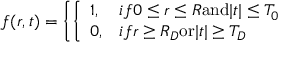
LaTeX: f ( r , t ) = \left\{ \left\{ \begin{array} { l l } { { 1 , } } & { { i f 0 \leq r \leq R \mathrm { a n d } | t | \leq T _ { 0 } } } \\ { { 0 , } } & { { i f r \geq R _ { D } \mathrm { o r } | t | \geq T _ { D } } } \end{array} \right. \right.